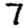
Digit: 7